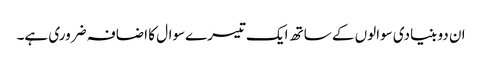
ان دو بنیادی سوالوں کے ساتھ ایک تیسرےسوال کا اضافہ ضروری ہے۔